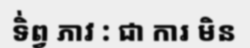
ទិ់ព្វ ភាវ : ជា ការ មិន